Report on sanitation, dispensaries, and jails in Rajputana for 1913, and on vaccination for the year 1913-1914 - 1913-1914
Year: 1913
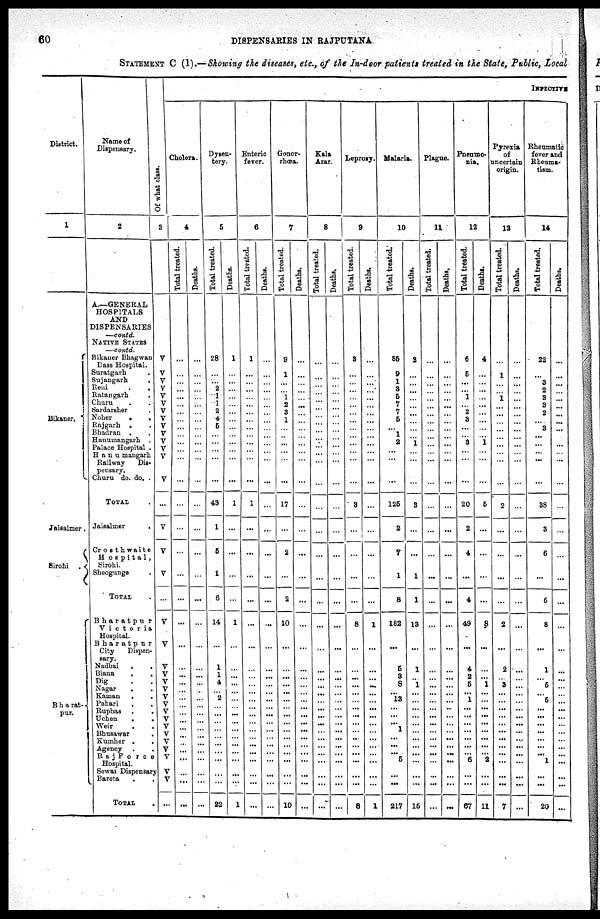
60
DISPENSARIES IN RAJPUTANA
STATEMENT C (1).—Showing the diseases, etc., of the In-door patients treated in the State, Public, local
District.
1
Bikaner.
Jaisalmer.
Sirohi .
B h a rat¬
pur.
Name of
Dispensary.
2
A—GENERAL
HOSPITALS
AND
DISPENSARIES
—contd.
NATIVE STATES
—contd.
Bikaner Bhagwan
Dass Hospital.
Suratgarh .
Sujangarh
.
Reni
.
.
Ratangarh
.
Churu . .
Sardarsher .
Noher
.
.
Rajgarh . .
Bhadran . .
Hanumangarh .
Palace Hospital .
H a n u mangarh
Railway
Dis-
pensary.
Churu do. do. .
TOTAL .
Jaisalmer
.
Crosthwaite
H o s p i t a l,
Sirohi.
Sheogunge .
TOTAL .
Bharatpur
Victoria
Hospital.
Bharatpur
City
Dispen-
sary.
Nadbai
.
.
Biana
.
.
Dig . .
Nagar
. .
Kaman
. .
Pahari
Rupbas .
.
Uchen
. .
Weir . .
Bhusawar .
Kumher .
.
Agency . .
Raj Force
Hospital.
Sewar Dispensary
Bareta . .
TOTAL .
Of what class.
3
V
V
V
V
V
V
V
V
V
V
V V
V
V
...
V
V
V
...
V
V
V
V
V
V
V
V
V
V
V
V
V
V
V
V
V
...
INFECTIVE
Cholera.
4
Total treated.
...
...
...
...
...
...
...
...
...
...
...
...
...
...
...
...
...
...
...
...
...
...
...
...
...
...
...
...
...
...
...
...
...
...
...
...
...
Deaths.
...
...
...
...
...
...
...
...
...
...
...
...
...
...
...
...
...
...
...
...
...
...
...
...
...
...
...
...
...
...
...
...
...
...
...
...
...
Dysen-
tery.
5
Total treated.
28
...
...
2
1
1
2
4
5
...
...
...
...
...
43
1
5
1
6
14
...
1
1
4
...
2
...
...
...
...
...
...
...
...
...
...
22
Deaths.
1
...
...
...
...
...
...
...
...
...
...
...
...
...
1
...
...
...
...
1
...
...
...
...
...
...
...
...
...
...
...
...
...
...
...
...
1
Enteric
fever.
6
Total treated.
1
...
...
...
...
...
...
...
...
...
...
...
...
...
1
...
...
...
...
...
...
...
...
...
...
...
...
...
...
...
...
...
...
...
...
...
...
Deaths.
...
...
...
...
...
...
...
...
...
...
...
...
...
...
...
...
...
...
...
...
...
...
...
...
...
...
...
...
...
...
...
...
...
...
...
...
...
Gonor-
rhœa.
7
Total treated.
9
1
...
...
1
2
3
1
...
...
...
...
...
...
17
...
2
...
2
10
...
...
...
...
...
...
...
...
...
...
...
...
...
...
...
...
10
Deaths.
...
...
...
...
...
...
...
...
...
...
...
...
...
...
...
...
...
...
...
...
...
...
...
...
...
...
...
...
...
...
...
...
...
...
...
...
...
Kala
Azar.
8
Total treated.
...
...
...
...
...
...
...
...
...
... ...
...
...
...
...
...
...
...
...
...
...
...
...
...
...
...
...
...
...
...
...
... ...
...
...
...
...
Deaths.
...
...
...
...
...
...
...
...
...
...
...
...
...
...
...
...
...
...
...
...
...
...
...
...
...
...
...
...
...
...
...
...
...
...
...
...
...
Leprosy.
9
Total treated.
3
...
...
...
...
...
...
...
...
...
...
...
...
...
3
...
...
...
...
8
...
...
...
...
...
...
...
...
...
...
...
... ...
...
...
...
8
Deaths.
...
...
...
...
...
...
...
...
...
...
...
...
...
...
...
...
...
...
...
1
...
...
...
...
...
...
...
...
...
...
...
...
...
...
...
...
1
Malaria.
10
Total treated.
35
9
1
3
5
7
7
5
...
1
2
...
...
...
125
2
7
1
8
182
...
5
3
8
...
13
...
...
...
1
...
...
...
5
...
...
217
Deaths.
2
...
...
...
...
...
...
...
...
...
...
...
...
...
3
...
...
1
1
13
...
1
..
1
...
...
...
...
...
...
...
...
...
...
...
...
15
Plague.
11
Total treated.
...
...
...
...
...
...
...
...
...
... ...
...
...
...
...
...
...
...
...
...
...
...
...
...
...
...
...
...
...
...
...
...
...
...
...
...
...
Deaths.
...
...
...
...
...
...
...
...
...
... ...
...
...
...
...
...
...
...
...
...
...
...
...
...
...
...
...
...
...
...
...
...
...
...
...
...
...
Pneumo-
nia.
12
Total treated.
6
5
...
...
1
...
2
3
...
... 3
...
...
...
20
2
4
...
4
49
...
4
2
5
...
1 ...
...
...
...
...
...
...
6
...
...
67
Deaths.
4
...
...
...
...
...
...
...
...
... 1
...
...
...
5
...
...
...
...
8
...
...
...
1
...
...
...
...
...
...
...
...
...
2
...
...
11
Pyrexia
of
uncertain
origin.
13
Total treated.
...
1
...
...
1
...
...
...
...
...
...
...
...
...
2
...
...
...
...
2
...
2 ...
3
...
...
...
...
...
...
...
...
...
...
...
...
7
Deaths.
...
...
...
...
...
...
...
...
...
...
...
...
...
...
...
...
...
...
...
...
...
...
...
...
...
...
...
...
...
...
...
...
...
...
...
...
Rheumatic
fever and
Rheuma-
tism.
14
Total treated.
22
...
3
2
3
3
2
...
3
... ...
...
...
...
38
3
6
...
6
8
...
1
...
5
...
5
5
...
...
...
...
...
...
1
...
...
20
Deaths.
...
...
...
...
...
...
...
...
...
...
...
...
...
...
...
...
...
...
...
...
...
...
...
...
...
...
...
...
...
...
...
...
...
...
...
...
...